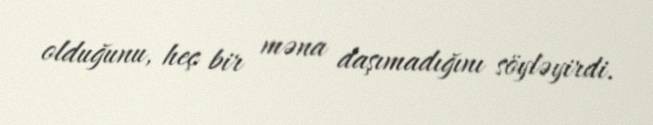
olduğunu, heç bir məna daşımadığını söyləyirdi.